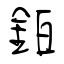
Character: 鉑